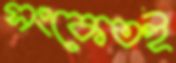
সংকেতই